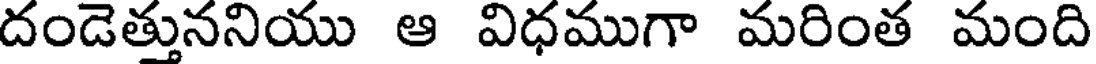
దండెత్తుననియు ఆ విధముగా మరింత మంది